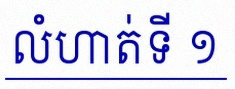
លំហាត់ទី ១